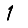
Digit: 1